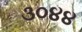
૩૦૪૪